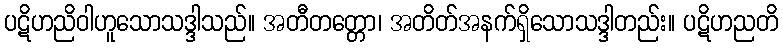
ပဋိဟညိဝါဟူသောသဒ္ဒါသည်။ အတီတတ္တော၊ အတိတ်အနက်ရှိသောသဒ္ဒါတည်း။ ပဋိဟညတိ